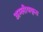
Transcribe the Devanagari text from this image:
अम्लीयकृत